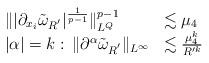
LaTeX: \begin{align*}\begin{array}{ll}\| | \partial_{x_{i}} \tilde{\omega}_{R^{'}}|^{\frac{1}{p-1}} \|^{p-1}_{L^{Q}} & \lesssim \mu_{4} \\|\alpha| = k: \, \| \partial^{\alpha} \tilde{\omega}_{R^{'}} \|_{L^{\infty}} & \lesssim \frac{\mu_{4}^{k}}{R'^{k}}\end{array}\end{align*}